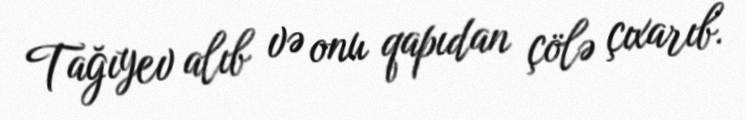
Tağıyev alıb və onu qapıdan çölə çıxarıb.